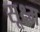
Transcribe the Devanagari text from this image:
सू़क्ष्म